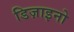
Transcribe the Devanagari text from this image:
डिज़ाइनो